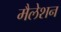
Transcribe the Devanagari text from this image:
मैलेशन